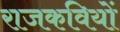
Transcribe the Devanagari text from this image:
राजकवियों